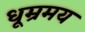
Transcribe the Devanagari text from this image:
धूम्रमय